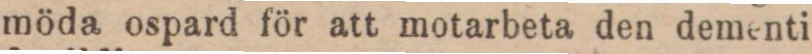
möda ospard för att motarbeta den dementi